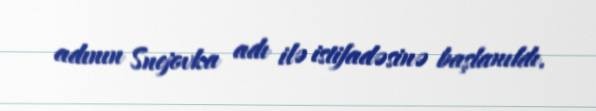
adının Snejovka adı ilə istifadəsinə başlanıldı.